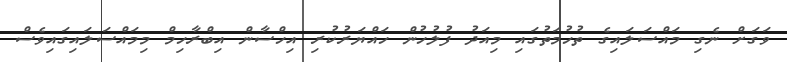
ވަގަށް ނެގި މައްސަލައިގެ ތުހުމަތުގައި މިއަދު ފުލުހުން ހައްޔަރުކުރި އިހްސާން އިބްރާހިމް މިމައްސަލައިގައިވެސް